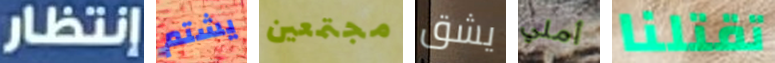
إنتظار يشتم مجتمعين يشق أملي تقتلنا